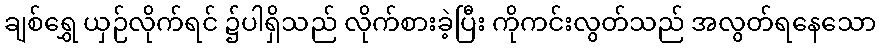
ချစ်ရွှေ ယှဉ်လိုက်ရင် ၌ပါရှိသည် လိုက်စားခဲ့ပြီး ကိုကင်းလွတ်သည် အလွတ်ရနေသော